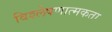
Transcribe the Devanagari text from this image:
विश्लेषणात्मकता